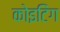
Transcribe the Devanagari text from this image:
कोइटिंग